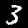
Digit: 3